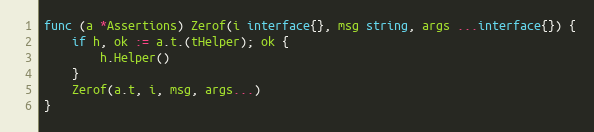
Language: Go
func (a *Assertions) Zerof(i interface{}, msg string, args ...interface{}) {
	if h, ok := a.t.(tHelper); ok {
		h.Helper()
	}
	Zerof(a.t, i, msg, args...)
}